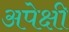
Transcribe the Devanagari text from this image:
अपेक्षी